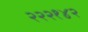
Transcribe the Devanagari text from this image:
२२२१४२